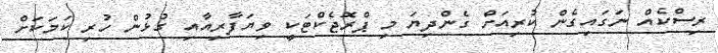
ރިސްކެއް ނަގައިގެން ކުރިއަށް ގެންދިޔަ މި ޕްރޮޖެކްޓަކީ ވިޔަފާރިއާއި ގުޅުން ހުރި ކަމަކަށް